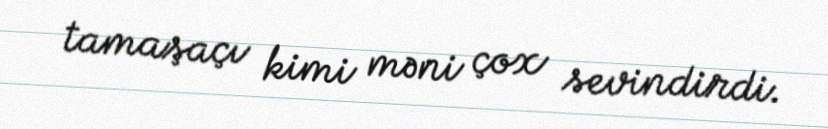
tamaşaçı kimi məni çox sevindirdi.